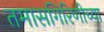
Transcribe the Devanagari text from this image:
तमासगिरिणीच्या